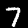
Digit: 7